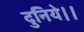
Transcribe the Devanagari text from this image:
दुनिये।।